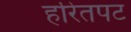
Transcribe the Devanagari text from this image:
हरितपट